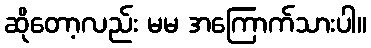
ဆိုတော့လည်း မမ အကြောက်သားပါ။